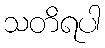
သတိရပါ